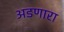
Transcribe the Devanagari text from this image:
अडणारा